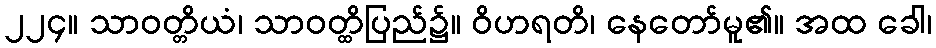
၂၂၄။ သာဝတ္တိယံ၊ သာဝတ္ထိပြည်၌။ ဝိဟရတိ၊ နေတော်မူ၏။ အထ ခေါ၊